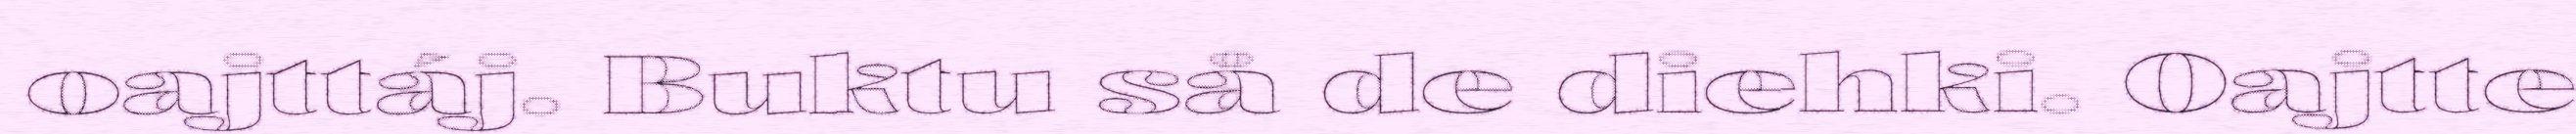
oajttáj. Buktu så de diehki. Oajtte